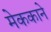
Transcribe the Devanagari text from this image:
मेककाने